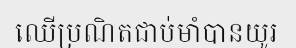
ឈើប្រណិតជាប់មាំបានយូរ